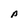
Character: p